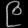
Digit: ၉